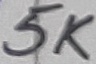
Text: 5K